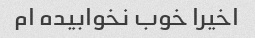
اخیرا خوب نخوابیده ام